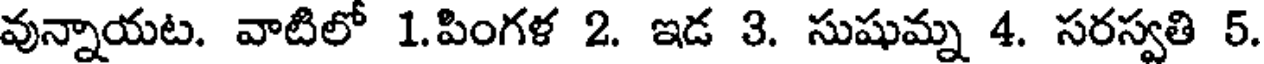
వున్నాయట. వాటిలో 1.పింగళ 2. ఇడ 3. సుషుమ్న 4. సరస్వతి 5.